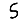
Digit: 5